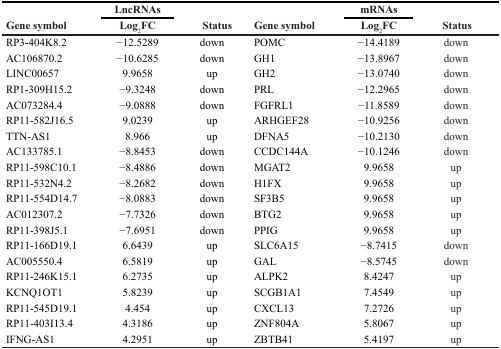
<table><thead><tr><td rowspan="2"><b>Gene symbol</b></td><td><b>LncRNAs</b></td><td rowspan="2"><b>Status</b></td><td rowspan="2"><b>Gene symbol</b></td><td><b>mRNAs</b></td><td rowspan="2"><b>Status</b></td></tr><tr><td><b>Log<sub>2</sub>FC</b></td><td><b>Log<sub>2</sub>FC</b></td></tr></thead><tbody><tr><td>RP3-404K8.2</td><td>−12.5289</td><td>down</td><td>POMC</td><td>−14.4189</td><td>down</td></tr><tr><td>AC106870.2</td><td>−10.6285</td><td>down</td><td>GH1</td><td>−13.8967</td><td>down</td></tr><tr><td>LINC00657</td><td>9.9658</td><td>up</td><td>GH2</td><td>−13.0740</td><td>down</td></tr><tr><td>RP1-309H15.2</td><td>−9.3248</td><td>down</td><td>PRL</td><td>−12.2965</td><td>down</td></tr><tr><td>AC073284.4</td><td>−9.0888</td><td>down</td><td>FGFRL1</td><td>−11.8589</td><td>down</td></tr><tr><td>RP11-582J16.5</td><td>9.0239</td><td>up</td><td>ARHGEF28</td><td>−10.9256</td><td>down</td></tr><tr><td>TTN-AS1</td><td>8.966</td><td>up</td><td>DFNA5</td><td>−10.2130</td><td>down</td></tr><tr><td>AC133785.1</td><td>−8.8453</td><td>down</td><td>CCDC144A</td><td>−10.1246</td><td>down</td></tr><tr><td>RP11-598C10.1</td><td>−8.4886</td><td>down</td><td>MGAT2</td><td>9.9658</td><td>up</td></tr><tr><td>RP11-532N4.2</td><td>−8.2682</td><td>down</td><td>H1FX</td><td>9.9658</td><td>up</td></tr><tr><td>RP11-554D14.7</td><td>−8.0883</td><td>down</td><td>SF3B5</td><td>9.9658</td><td>up</td></tr><tr><td>AC012307.2</td><td>−7.7326</td><td>down</td><td>BTG2</td><td>9.9658</td><td>up</td></tr><tr><td>RP11-398J5.1</td><td>−7.6951</td><td>down</td><td>PPIG</td><td>9.9658</td><td>up</td></tr><tr><td>RP11-166D19.1</td><td>6.6439</td><td>up</td><td>SLC6A15</td><td>−8.7415</td><td>down</td></tr><tr><td>AC005550.4</td><td>6.5819</td><td>up</td><td>GAL</td><td>−8.5745</td><td>down</td></tr><tr><td>RP11-246K15.1</td><td>6.2735</td><td>up</td><td>ALPK2</td><td>8.4247</td><td>up</td></tr><tr><td>KCNQ1OT1</td><td>5.8239</td><td>up</td><td>SCGB1A1</td><td>7.4549</td><td>up</td></tr><tr><td>RP11-545D19.1</td><td>4.454</td><td>up</td><td>CXCL13</td><td>7.2726</td><td>up</td></tr><tr><td>RP11-403I13.4</td><td>4.3186</td><td>up</td><td>ZNF804A</td><td>5.8067</td><td>up</td></tr><tr><td>IFNG-AS1</td><td>4.2951</td><td>up</td><td>ZBTB41</td><td>5.4197</td><td>up</td></tr></tbody></table>